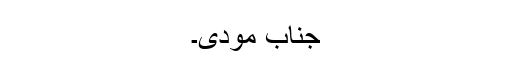
جناب مودی۔